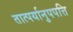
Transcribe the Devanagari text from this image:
तात्पर्यानुपपत्ति